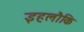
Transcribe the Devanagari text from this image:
इहलौकि